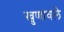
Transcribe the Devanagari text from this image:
खुणावले